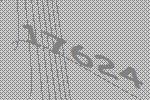
17624